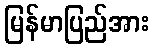
မြန်မာပြည်အား